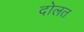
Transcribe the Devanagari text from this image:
दोलत